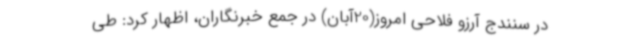
در سنندج آرزو فلاحی امروز(20آبان) در جمع خبرنگاران، اظهار کرد: طی